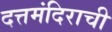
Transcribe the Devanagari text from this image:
दत्तमंदिराची